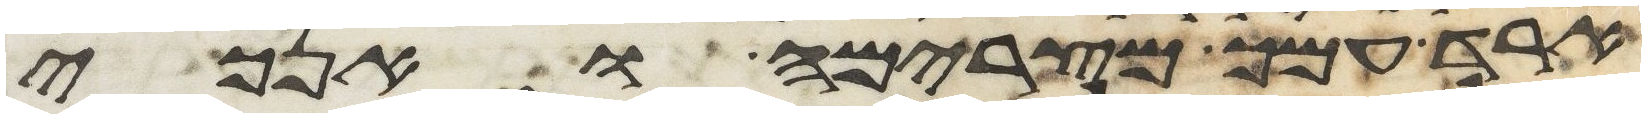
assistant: ארד עמך מצרימה ואנכי